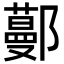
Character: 𨞼